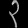
Digit: ၃